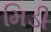
મિડી